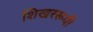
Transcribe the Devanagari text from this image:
शिखररूपी